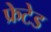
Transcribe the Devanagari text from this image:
फ्रेटेड